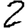
Digit: 2